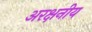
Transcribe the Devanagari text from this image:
अरक्षनीय